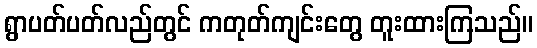
ရွာပတ်ပတ်လည်တွင် ကတုတ်ကျင်းတွေ တူးထားကြသည်။